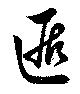
遁